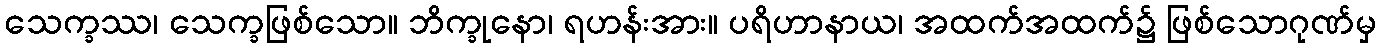
သေက္ခဿ၊ သေက္ခဖြစ်သော။ ဘိက္ခုနော၊ ရဟန်းအား။ ပရိဟာနာယ၊ အထက်အထက်၌ ဖြစ်သောဂုဏ်မှ